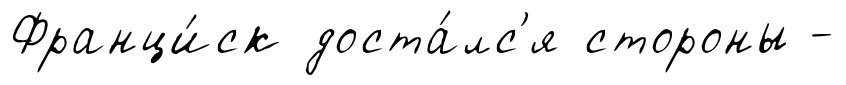
Франци́ск доста́лс'я стороны -